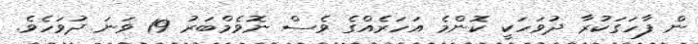
ން ފާހަގަކުރާ ދުވަހަކީ ކޮންމެ އަހަރެއްގެ ވެސް ނޮވެމްބަރު 19 ވަނަ ދުވަހެވެ.